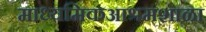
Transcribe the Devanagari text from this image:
माध्यमिकआश्रमशाळा